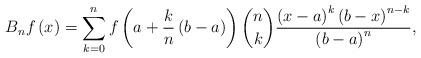
LaTeX: \begin{align*}B_{n}f\left( x\right) = \sum_{k=0}^{n}f\left( a+\frac{k}{n}\left( b-a\right)\right) \binom{n}{k}\frac{\left( x-a\right) ^{k}\left(b-x\right) ^{n-k}}{\left( b-a\right) ^{n}}, \end{align*}